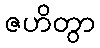
ဇဟိတွာ